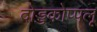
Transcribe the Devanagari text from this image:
दोड्डकोप्पलू